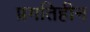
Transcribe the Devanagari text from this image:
प्रगतिहीन